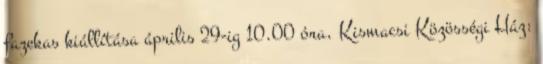
fazekas kiállítása április 29-ig 10.00 óra, Kismacsi Közösségi Ház: